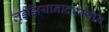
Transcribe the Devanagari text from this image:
लुईझियानादरम्यान